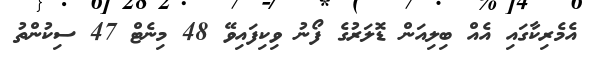
އެމެރިކާގައި އެއް ބިލިއަން ޑޮލަރުގެ ފޯނު ވިކިފައިވޭ 48 މިނެޓް 47 ސިކުންތު